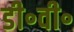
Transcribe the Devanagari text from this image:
डी॰वी॰